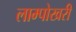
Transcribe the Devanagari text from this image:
लाम्पोखरी